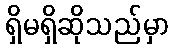
ရှိမရှိဆိုသည်မှာ